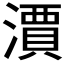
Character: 𣿦